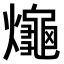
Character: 𤒅